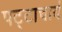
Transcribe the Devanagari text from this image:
पट्टाचार्य